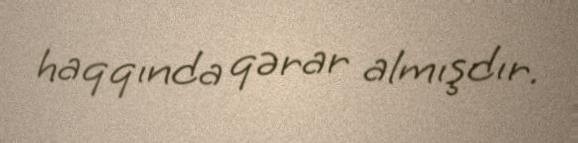
haqqında qərar almışdır.